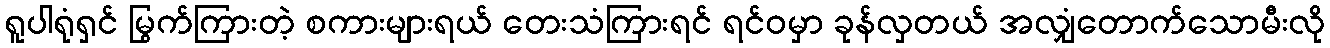
ရူပါရုံရှင် မြွက်ကြားတဲ့ စကားများရယ် တေးသံကြားရင် ရင်ဝမှာ ခုန်လှတယ် အလျှံတောက်သောမီးလို